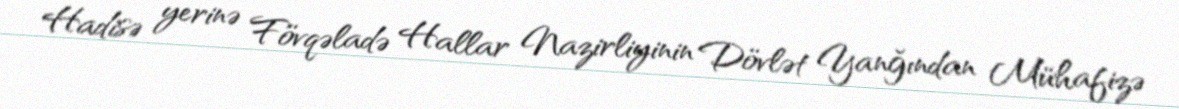
Hadisə yerinə Fövqəladə Hallar Nazirliyinin Dövlət Yanğından Mühafizə